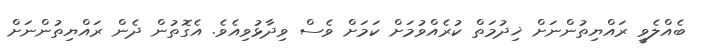
ބެއްލެވީ ރައްޔިތުންނަށް ޚިދުމަތް ކުރެއްވުމަށް ކަމަށް ވެސް ވިދާޅުވިއެވެ. އެގޮތުން ދެން ރައްޔިތުންނަށް